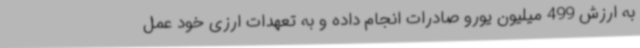
به ارزش 499 میلیون یورو صادرات انجام داده و به تعهدات ارزی خود عمل